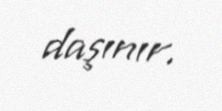
daşınır.